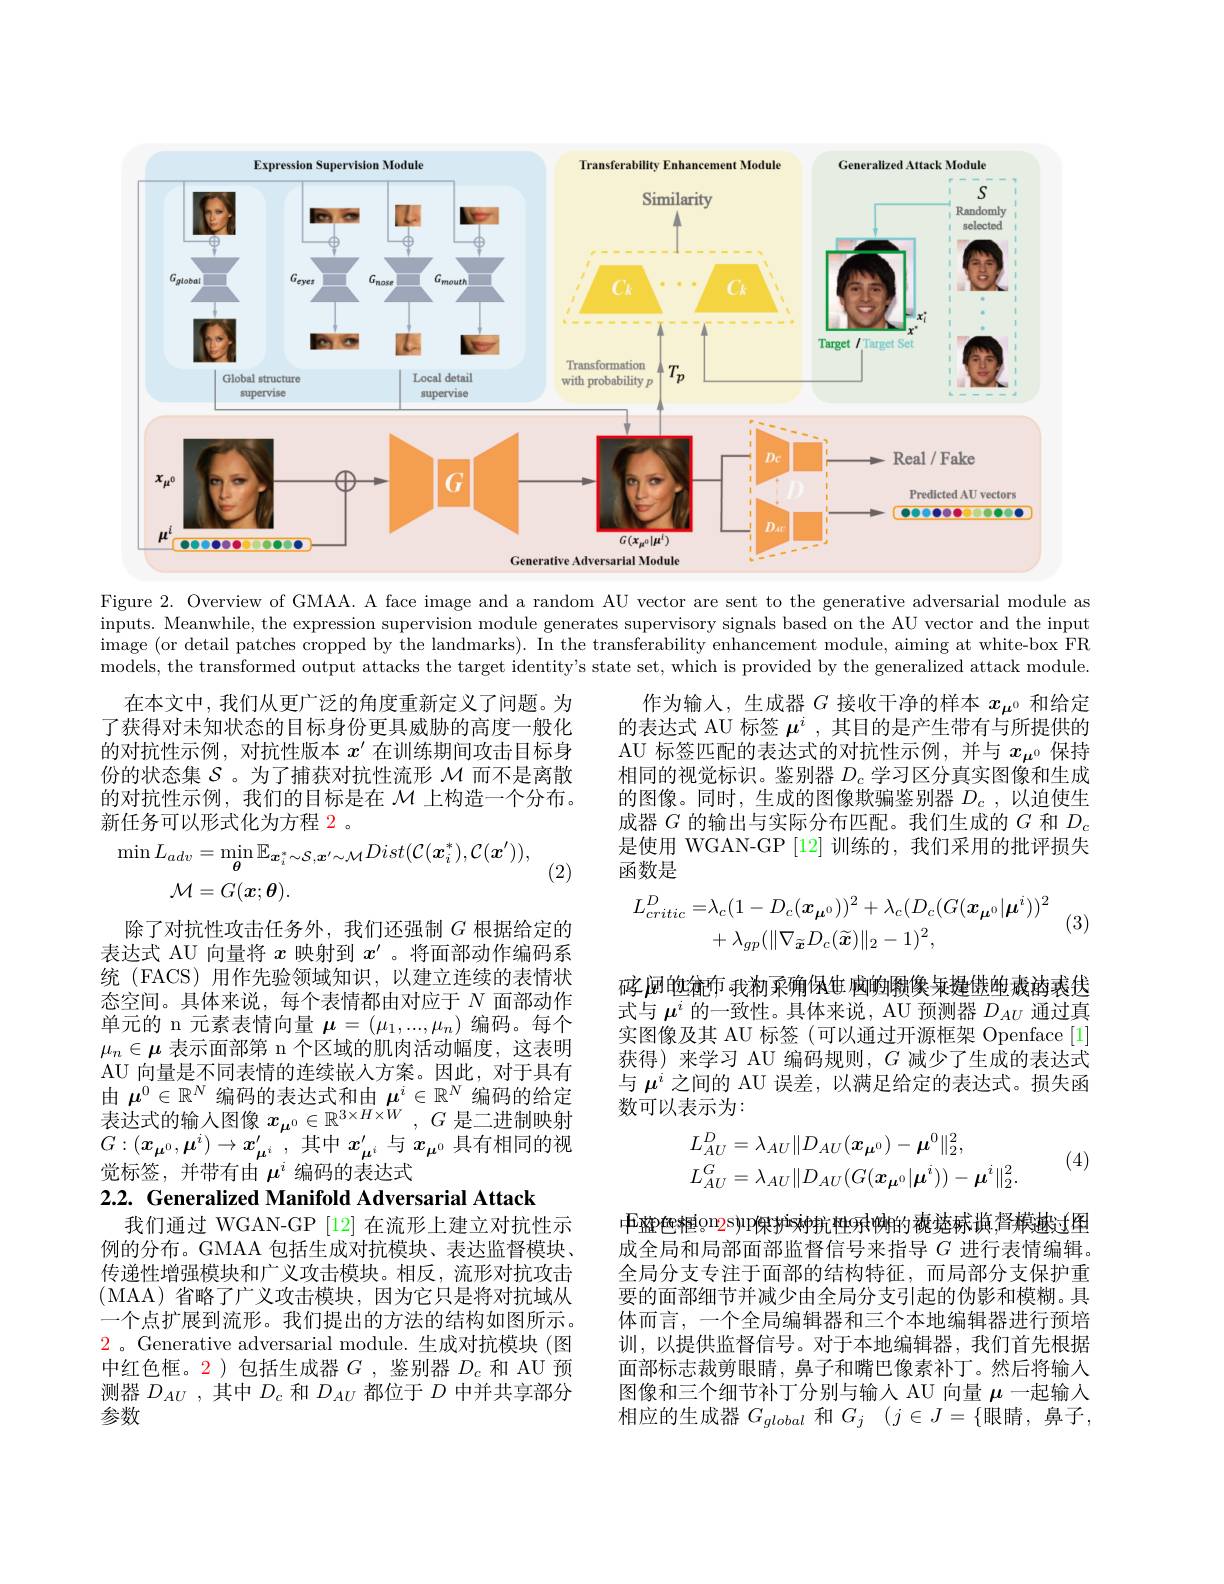
<FigureHere>

Figure 2. Overview of GMAA. A face image and a random AU vector are sent to the generative adversarial module as inputs. Meanwhile, the expression supervision module generates supervisory signals based on the AU vector and the input image (or detail patches cropped by the landmarks). In the transferability enhancement module, aiming at white-box FR models, the transformed output attacks the target identity's state set, which is provided by the generalized attack module.

在本文中，我们从更广泛的角度重新定义了问题。为了获得对未知状态的目标身份更具威胁的高度一般化的对抗性示例，对抗性版本$x^{\prime}$在训练期间攻击目标身份的状态集$\mathcal{S}$ 。为了捕获对抗性流形$\mathcal{M}$而不是离散的对抗性示例，我们的目标是在$\mathcal{M}$上构造一个分布。新任务可以形式化为方程 2。

作为输入，生成器$G$接收干净的样本$x_\mathrm{\mu^0}$和给定的表达式 AU 标签$\mu^i$,其目的是产生带有与所提供的AU 标签匹配的表达式的对抗性示例，并与$x_{\boldsymbol{\mu}^0}$保持相同的视觉标识。鉴别器$D_c$学习区分真实图像和生成的图像。同时，生成的图像欺骗鉴别器$D_c$ ,以迫使生成器$G$的输出与实际分布匹配。我们生成的$G$和$D_c$ 是使用 WGAN-GP [12] 训练的，我们采用的批评损失函数是
$$\begin{aligned}L_{critic}^{D}=&\lambda_{c}(1-D_{c}(\boldsymbol{x}_{\boldsymbol{\mu}^{0}}))^{2}+\lambda_{c}(D_{c}(G(\boldsymbol{x}_{\boldsymbol{\mu}^{0}}|\boldsymbol{\mu}^{i}))^{2}\\&+\lambda_{gp}(\|\nabla_{\widetilde{\boldsymbol{x}}}D_{c}(\widetilde{\boldsymbol{x}})\|_{2}-1)^{2},\end{aligned}$$
$$\begin{aligned}\min L_{adv}&=\operatorname*{min}_{\boldsymbol{\theta}}\mathbb{E}_{\boldsymbol{x}_{i}^{*}\sim\mathcal{S},\boldsymbol{x}^{\prime}\sim\mathcal{M}}Dist(\mathcal{C}(\boldsymbol{x}_{i}^{*}),\mathcal{C}(\boldsymbol{x}^{\prime})),\\\mathcal{M}&=G(\boldsymbol{x};\boldsymbol{\theta}).\end{aligned}$$
(2)

(3)

碎 阋的绝抢布 我初采确保生 脑的概像 来提供单 减为表发式与$\mu^i$的一致性。具体来说，AU 预测器$D_{AU}$通过真实图像及其 AU 标签 (可以通过开源框架 Openface[1] 获得)来学习 AU 编码规则，$G$减少了生成的表达式与$\mu^i$之间的 AU 误差，以满足给定的表达式。损失函数可以表示为：

除了对抗性攻击任务外，我们还强制$G$根据给定的表达式 AU 向量将$x$映射到$x^{\prime}$ 。将面部动作编码系统 (FACS) 用作先验领域知识，以建立连续的表情状态空间。具体来说，每个表情都由对应于$N$面部动作单元的 n 元素表情向量$\mu=(\mu_1,...,\mu_n)$编码。每个$\mu_n\in\boldsymbol{\mu}$表示面部第 n 个区域的肌肉活动幅度，这表明AU 向量是不同表情的连续嵌人方案。因此，对于具有由$\mu^0\in\mathbb{R}^N$编码的表达式和由$\mu^i\in\mathbb{R}^N$编码的给定表达式的输入图像$x_{\mu^0}\in\mathbb{R}^{3\times H\times W},G$是二进制映射$G:(\boldsymbol{x}_{\boldsymbol{\mu}^0},\boldsymbol{\mu}^i)\to\boldsymbol{x}_{\boldsymbol{\mu}^i}^{\prime}$,其中$x_{\boldsymbol{\mu}^i}^{\prime}$与$x_{\boldsymbol{\mu}^0}$ 具有相同的视觉标签，并带有由$\mu^i$编码的表达式
$$\begin{aligned}&L_{AU}^{D}=\lambda_{AU}\|D_{AU}(\boldsymbol{x}_{\boldsymbol{\mu}^{0}})-\boldsymbol{\mu}^{0}\|_{2}^{2},\\&L_{AU}^{G}=\lambda_{AU}\|D_{AU}(G(\boldsymbol{x}_{\boldsymbol{\mu}^{0}}|\boldsymbol{\mu}^{i}))-\boldsymbol{\mu}^{i}\|_{2}^{2}.\end{aligned}$$
(4)

2.2. Generalized Manifold Adversarial Attack

我们通过 WGAN-GP [12] 在流形上建立对抗性示例的分布。GMAA 包括生成对抗模块、表达监督模块、 传递性增强模块和广义攻击模块。相反，流形对抗攻击(MAA)省略了广义攻击模块，因为它只是将对抗域从一个点扩展到流形。我们提出的方法的结构如图所示。$\color{red}2$ 。Generative adversarial module. 生成对抗模块 (图中红色框。2)包括生成器$G$,鉴别器$D_c$ 和 AU 预测器$D_{AU}$ ,其中$D_c$和$D_AU$都位于$D$中并共享部分参数

中E整色框o$m2s\mu p$保护isy抗种9种的概势麻塡，督模越过图成全局和局部面部监督信号来指导$G$进行表情编辑。全局分支专注于面部的结构特征，而局部分支保护重要的面部细节并减少由全局分支引起的伪影和模糊。具体而言，一个全局编辑器和三个本地编辑器进行预培训，以提供监督信号。对于本地编辑器，我们首先根据面部标志裁剪眼睛，鼻子和嘴巴像素补丁。然后将输入图像和三个细节补丁分别与输人 AU 向量$\mu$一起输入相应的生成器 $G_global$ 和 $G_j$ $( j\in J= \{$眼睛，鼻子，